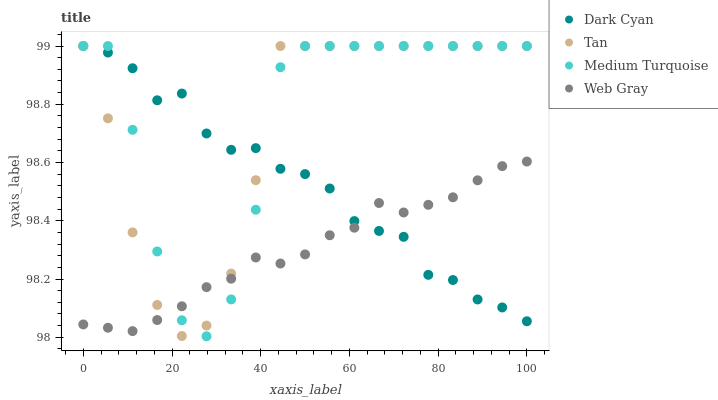
| xaxis_label | Dark Cyan | Tan | Medium Turquoise | Web Gray |
 | --- | --- | --- | --- | --- |
 | 0 | 99 | 99 | 99 | 98 |
 | 5.56 | 99 | 98.8 | 99 | 98 |
 | 11.1 | 98.9 | 98.4 | 98.7 | 98 |
 | 16.7 | 98.8 | 98.1 | 98.3 | 98.1 |
 | 22.2 | 98.8 | 98 | 98.1 | 98.1 |
 | 27.8 | 98.7 | 98 | 98 | 98.2 |
 | 33.3 | 98.6 | 98.2 | 98.1 | 98.2 |
 | 38.9 | 98.6 | 98.5 | 98.4 | 98.3 |
 | 44.4 | 98.6 | 99 | 98.9 | 98.3 |
 | 50 | 98.6 | 99 | 99 | 98.3 |
 | 55.6 | 98.5 | 99 | 99 | 98.4 |
 | 61.1 | 98.4 | 99 | 99 | 98.4 |
 | 66.7 | 98.4 | 99 | 99 | 98.5 |
 | 72.2 | 98.3 | 99 | 99 | 98.4 |
 | 77.8 | 98.2 | 99 | 99 | 98.5 |
 | 83.3 | 98.2 | 99 | 99 | 98.5 |
 | 88.9 | 98.1 | 99 | 99 | 98.5 |
 | 94.4 | 98.1 | 99 | 99 | 98.6 |
 | 100 | 98.1 | 99 | 99 | 98.6 |